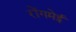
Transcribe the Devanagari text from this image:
रोंगमेई